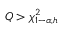
Q > \chi _ { 1 - \alpha , h } ^ { 2 }